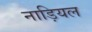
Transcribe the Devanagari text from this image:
नाड़ियल